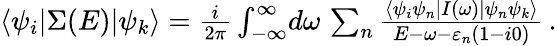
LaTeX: \begin{array}{r}{\langle\psi_{i}|\Sigma(E)|\psi_{k}\rangle=\frac{i}{2\pi}\int_{-\infty}^{\infty}\! d\omega\, \sum_{n}\frac{\langle\psi_{i}\psi_{n}|I(\omega)|\psi_{n}\psi_{k}\rangle}{E-\omega-\varepsilon_{n}(1-i0)}\, .}\end{array}